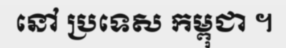
នៅ ប្រទេស កម្ពុជា ។